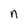
Character: n